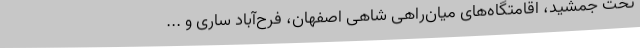
تخت جمشید، اقامتگاه‌های میان‌راهی شاهی اصفهان، فرح‌آباد ساری و ...